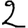
Digit: 2